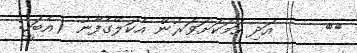
٢٣     އަދި ހަމަކަށަވަރުން އެކަލޭގެފާނު (އެބަހީ: